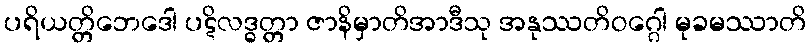
ပရိယတ္တိဘေဒေါ ပဋိလဒ္ဓတ္တာ ဇာနိမှာတိအာဒီသု အနုဿတိဝဂ္ဂေါ မုခမဿာတိ